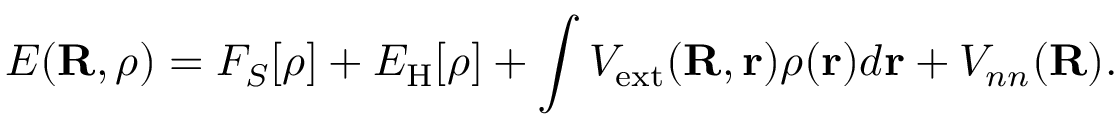
E ( { \bf R } , \rho ) = F _ { S } [ \rho ] + E _ { \mathrm { H } } [ \rho ] + \int V _ { \mathrm { e x t } } ( { \bf R , r } ) \rho ( { \bf r } ) d { \bf r } + V _ { n n } ( { \bf R } ) .